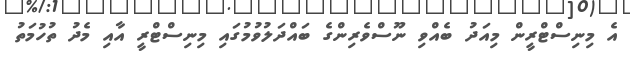
އެ މިނިސްޓްރީން މިއަދު ބެއްވި ނޫސްވެރިންގެ ބައްދަލުވުމުގައި މިނިސްޓްރީ އާއި މެދު ތުހުމަތު